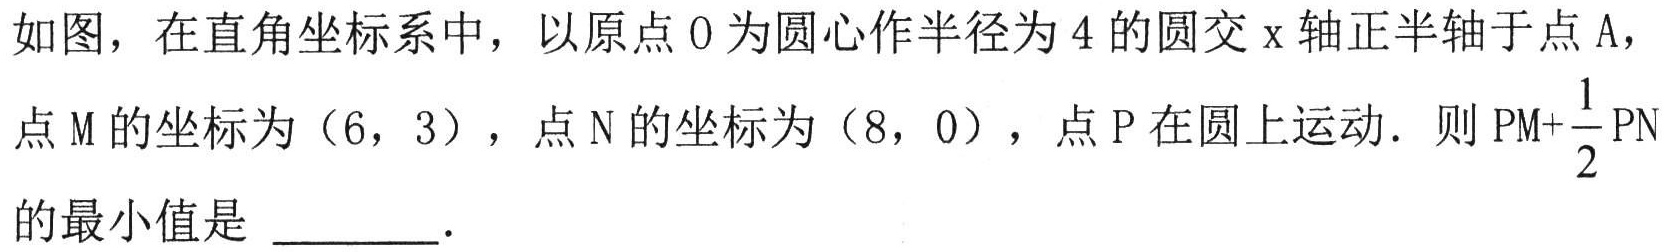
如图，在直角坐标系中，以原点\(O\)为圆心作半径为\(4\)的圆交\(x\)轴正半轴于点\(A\)，点\(M\)的坐标为\((6,3)\)，点\(N\)的坐标为\((8,0)\)，点\(P\)在圆上运动．则\(PM + \frac{1}{2}PN\)的最小值是  ．